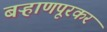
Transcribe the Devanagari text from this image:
बऱ्हाणपूरकर